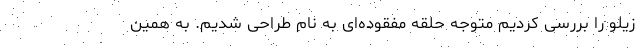
زیلو را بررسی کردیم متوجه حلقه مفقوده‌ای به نام طراحی شدیم. به همین